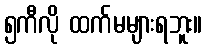
၅ကီလို ထက်မများရဘူး။